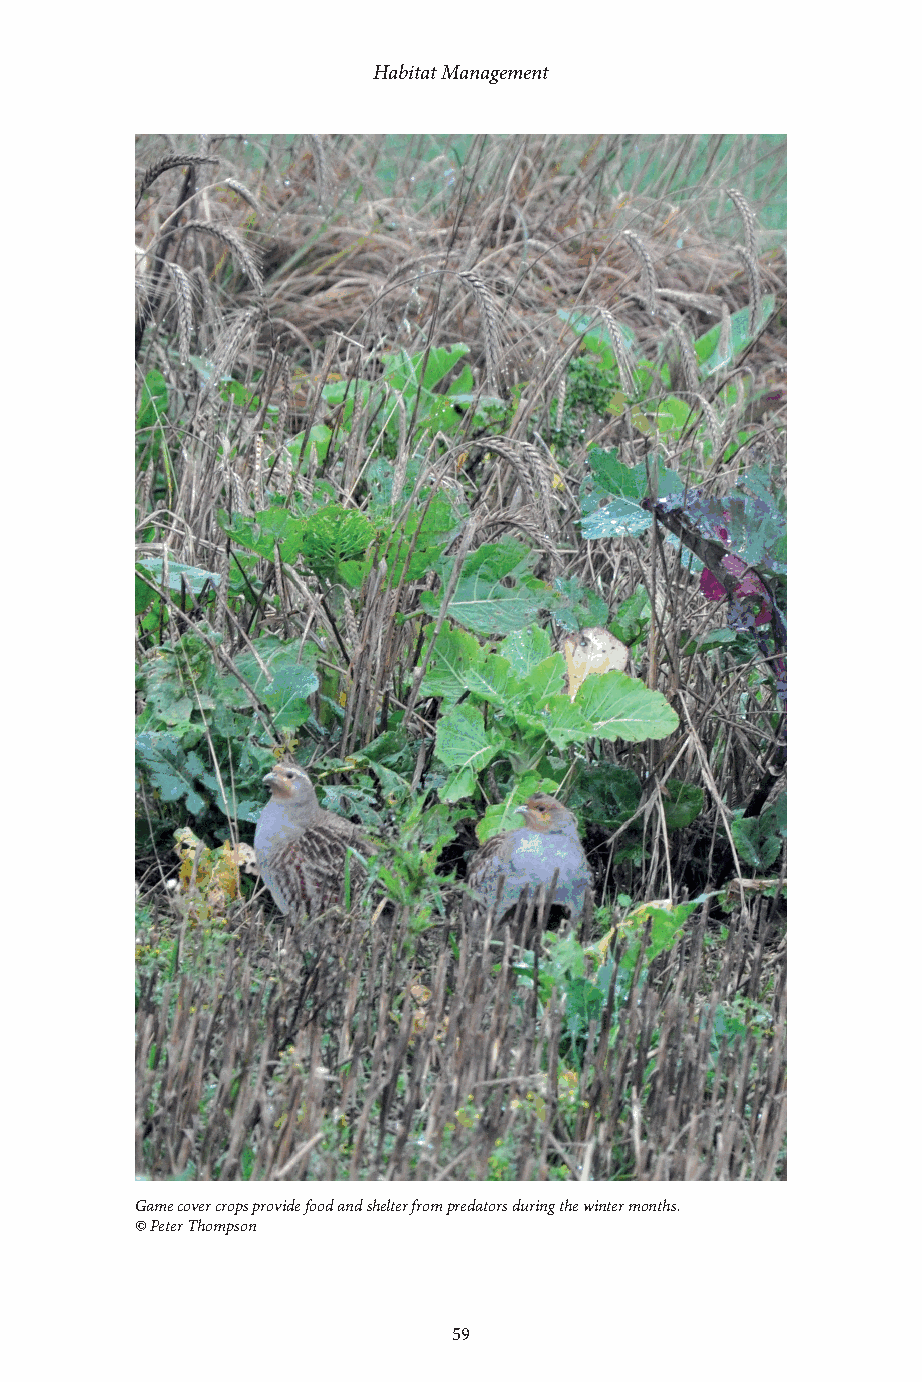
Habitat Management
 Game cover crops provide food and shelter from predators during the winter months.
 © Peter Thompson
 58                            59